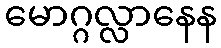
မောဂ္ဂလ္လာနေန